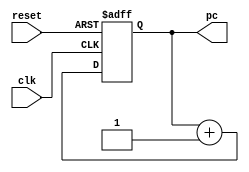
`timescale 1ns / 1ps
//////////////////////////////////////////////////////////////////////////////////
// Company: 
// Engineer: 
// 
// Design Name: 
// Module Name: loadable_counter
// Project Name: 
// Target Devices: 
// Tool Versions: 
// Description: 
// 
// Dependencies: 
// 
// Revision:
// Revision 0.01 - File Created
// Additional Comments:
// 
//////////////////////////////////////////////////////////////////////////////////


module loadable_counter(
input clk,
input reset,
output reg [3:0] pc
);

always@(posedge clk, negedge reset)
if (!reset) //active low reset
  pc <= 0;
else
  pc <= pc + 4'b0001;

endmodule